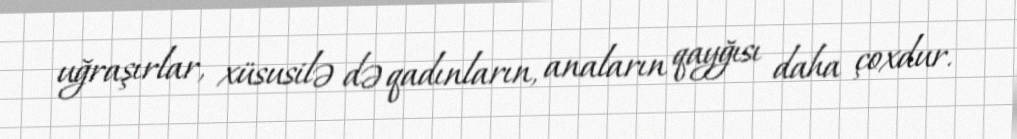
uğraşırlar, xüsusilə də qadınların, anaların qayğısı daha çoxdur.